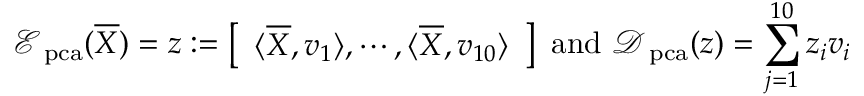
\mathcal E _ { \mathrm { \scriptsize ~ p c a } } ( \overline { { \boldsymbol X } } ) = \boldsymbol z : = \left[ \begin{array} { l } { \langle \overline { { \boldsymbol X } } , \boldsymbol v _ { 1 } \rangle , \cdots , \langle \overline { { \boldsymbol X } } , \boldsymbol v _ { 1 0 } \rangle } \end{array} \right] \mathrm { ~ a n d ~ } \mathcal D _ { \mathrm { \scriptsize ~ p c a } } ( \boldsymbol z ) = \sum _ { j = 1 } ^ { 1 0 } \boldsymbol z _ { i } \boldsymbol v _ { i }